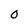
Character: 0